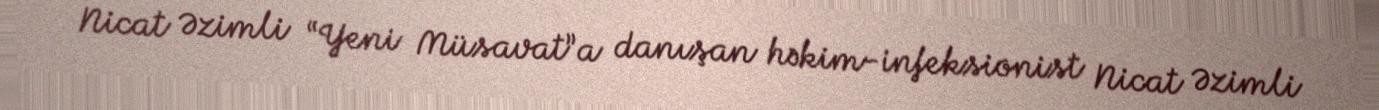
Nicat Əzimli “Yeni Müsavat”a danışan həkim-infeksionist Nicat Əzimli